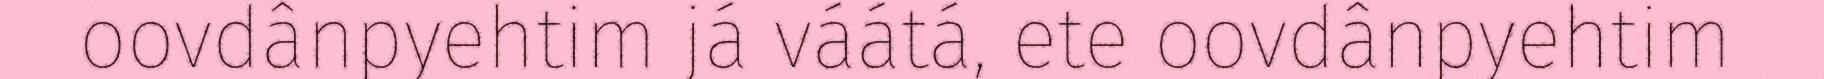
oovdânpyehtim já váátá, ete oovdânpyehtim